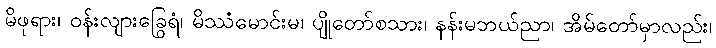
မိဖုရား၊ ဝန်းလျားခြွေရံ၊ မိဿံမောင်းမ၊ ပျိုတော်စသား၊ နန်းမဘယ်ညာ၊ အိမ်တော်မှာလည်း၊